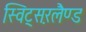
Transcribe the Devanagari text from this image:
स्विट्स़रलैण्ड